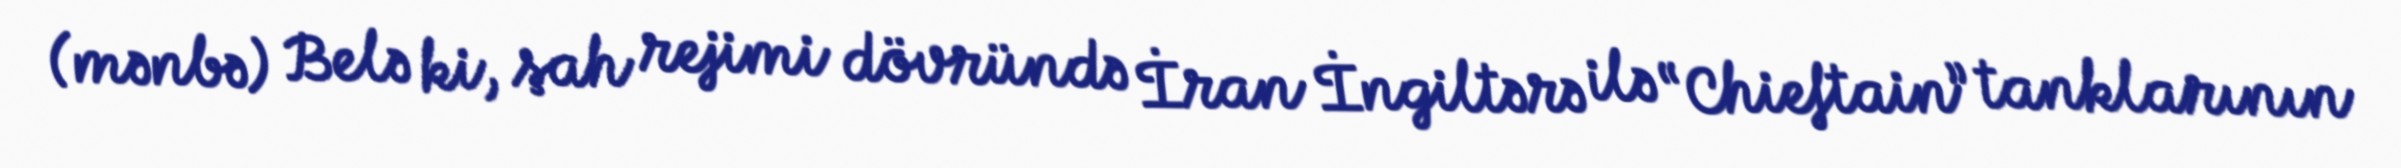
(mənbə) Belə ki, şah rejimi dövründə İran İngiltərə ilə “Chieftain” tanklarının